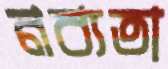
নব্যতা